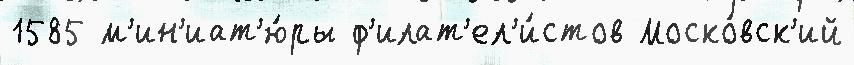
1585 м'ин'иат'ю́ры ф'илат'ел'и́стов Моско́вск'ий